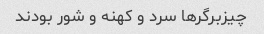
چیزبرگرها سرد و کهنه و شور بودند